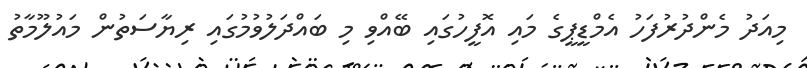
މިއަދު މެންދުރުފަހު އެމްޑީޕީގެ މައި އޮފީހުގައި ބޭއްވި މި ބައްދަލުވުމުގައި ރިޔާސަތުން މައުލޫމާތު